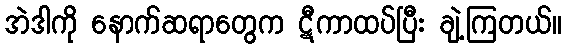
အဲဒါကို နောက်ဆရာတွေက ဋီကာထပ်ပြီး ချဲ့ကြတယ်။